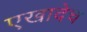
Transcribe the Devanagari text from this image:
एखादेच